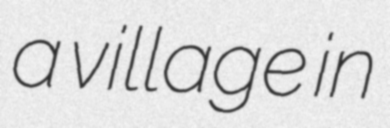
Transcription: a village in